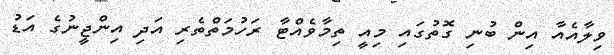
ވިލާއެއާ އިން ބުނި ގޮތުގައި މިއީ ތިމާވެއްޓާ ރަހުމަތްތެރި އަދި އިންޖީނުގެ އަޑު